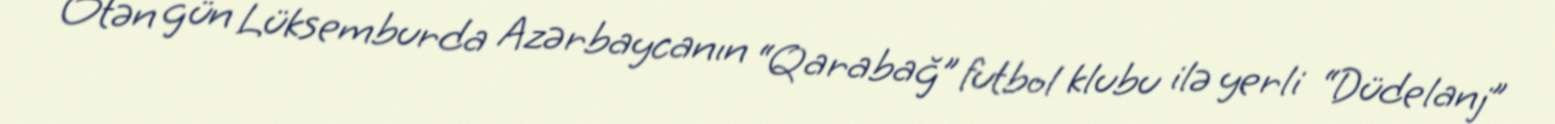
Ötən gün Lüksemburda Azərbaycanın “Qarabağ” futbol klubu ilə yerli “Düdelanj”